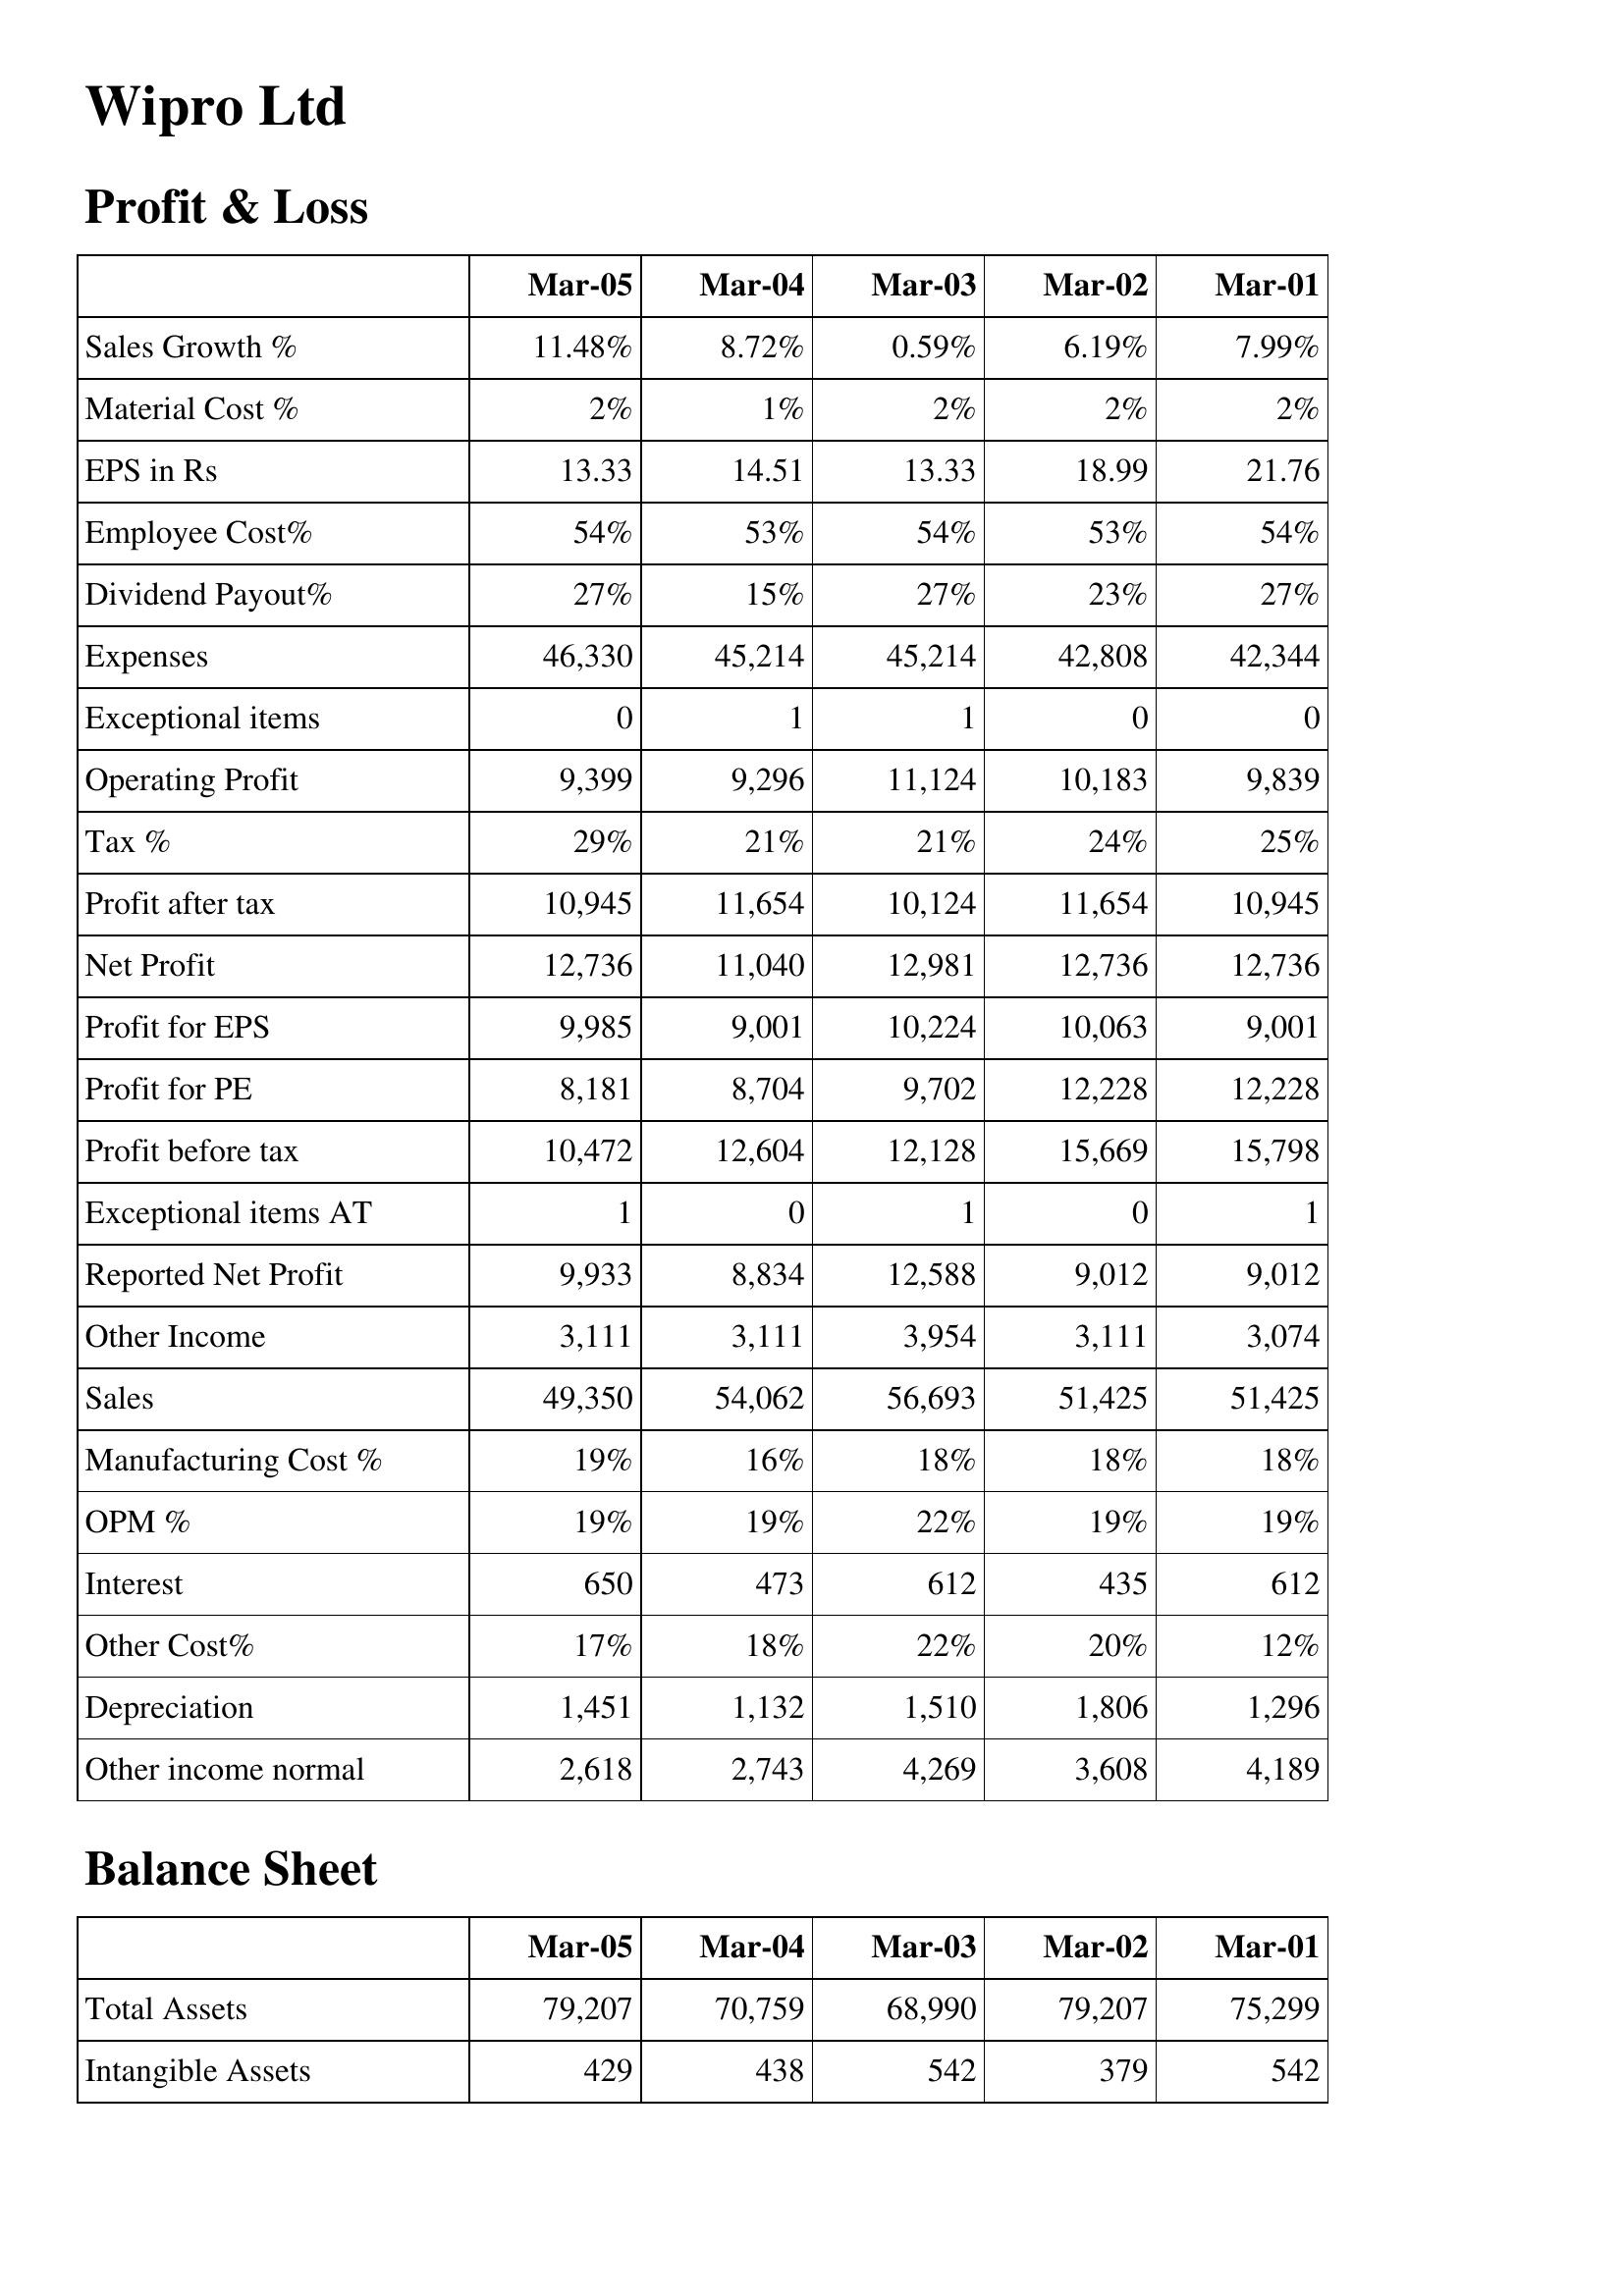
Mar-05: Profit & Loss: Sales Growth %: 11.48%
Material Cost %: 2%
EPS in Rs: 13.33
Employee Cost%: 54%
Dividend Payout%: 27%
Expenses: 46,330
Exceptional items: 0
Operating Profit: 9,399
Tax %: 29%
Profit after tax: 10,945
Net Profit: 12,736
Profit for EPS: 9,985
Profit for PE: 8,181
Profit before tax: 10,472
Exceptional items AT: 1
Reported Net Profit: 9,933
Other Income: 3,111
Sales: 49,350
Manufacturing Cost %: 19%
OPM %: 19%
Interest: 650
Other Cost%: 17%
Depreciation: 1,451
Other income normal: 2,618
Balance Sheet: Total Assets: 79,207
Intangible Assets: 429
Mar-04: Profit & Loss: Sales Growth %: 8.72%
Material Cost %: 1%
EPS in Rs: 14.51
Employee Cost%: 53%
Dividend Payout%: 15%
Expenses: 45,214
Exceptional items: 1
Operating Profit: 9,296
Tax %: 21%
Profit after tax: 11,654
Net Profit: 11,040
Profit for EPS: 9,001
Profit for PE: 8,704
Profit before tax: 12,604
Exceptional items AT: 0
Reported Net Profit: 8,834
Other Income: 3,111
Sales: 54,062
Manufacturing Cost %: 16%
OPM %: 19%
Interest: 473
Other Cost%: 18%
Depreciation: 1,132
Other income normal: 2,743
Balance Sheet: Total Assets: 70,759
Intangible Assets: 438
Mar-03: Profit & Loss: Sales Growth %: 0.59%
Material Cost %: 2%
EPS in Rs: 13.33
Employee Cost%: 54%
Dividend Payout%: 27%
Expenses: 45,214
Exceptional items: 1
Operating Profit: 11,124
Tax %: 21%
Profit after tax: 10,124
Net Profit: 12,981
Profit for EPS: 10,224
Profit for PE: 9,702
Profit before tax: 12,128
Exceptional items AT: 1
Reported Net Profit: 12,588
Other Income: 3,954
Sales: 56,693
Manufacturing Cost %: 18%
OPM %: 22%
Interest: 612
Other Cost%: 22%
Depreciation: 1,510
Other income normal: 4,269
Balance Sheet: Total Assets: 68,990
Intangible Assets: 542
Mar-02: Profit & Loss: Sales Growth %: 6.19%
Material Cost %: 2%
EPS in Rs: 18.99
Employee Cost%: 53%
Dividend Payout%: 23%
Expenses: 42,808
Exceptional items: 0
Operating Profit: 10,183
Tax %: 24%
Profit after tax: 11,654
Net Profit: 12,736
Profit for EPS: 10,063
Profit for PE: 12,228
Profit before tax: 15,669
Exceptional items AT: 0
Reported Net Profit: 9,012
Other Income: 3,111
Sales: 51,425
Manufacturing Cost %: 18%
OPM %: 19%
Interest: 435
Other Cost%: 20%
Depreciation: 1,806
Other income normal: 3,608
Balance Sheet: Total Assets: 79,207
Intangible Assets: 379
Mar-01: Profit & Loss: Sales Growth %: 7.99%
Material Cost %: 2%
EPS in Rs: 21.76
Employee Cost%: 54%
Dividend Payout%: 27%
Expenses: 42,344
Exceptional items: 0
Operating Profit: 9,839
Tax %: 25%
Profit after tax: 10,945
Net Profit: 12,736
Profit for EPS: 9,001
Profit for PE: 12,228
Profit before tax: 15,798
Exceptional items AT: 1
Reported Net Profit: 9,012
Other Income: 3,074
Sales: 51,425
Manufacturing Cost %: 18%
OPM %: 19%
Interest: 612
Other Cost%: 12%
Depreciation: 1,296
Other income normal: 4,189
Balance Sheet: Total Assets: 75,299
Intangible Assets: 542